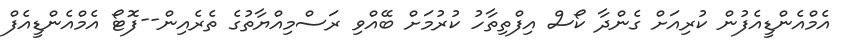
އެމްއެންޑީއެފުން ކުރިއަށް ގެންދާ ކޯސް އިފްތިތާހު ކުުރުމަށް ބޭއްވި ރަސްމިއްޔާތުގެ ތެރެއިން--ފޮޓޯ އެމްއެންޑީއެފް